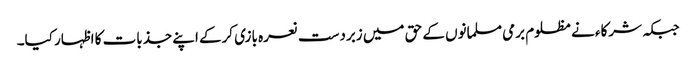
جبکہ شرکاء نے مظلوم برمی مسلمانوں کے حق میں زبردست نعرہ بازی کرکے اپنے جذبات کا اظہار کیا۔